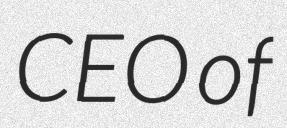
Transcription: CEO of